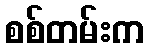
စစ်တမ်းက